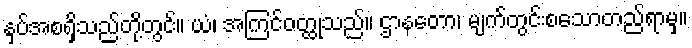
နှပ်အစရှိသည်တို့တွင်။ ယံ၊ အကြင်ဝတ္ထုသည်။ ဌာနတော၊ မျက်တွင်းစသောတည်ရာမှ။